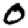
Digit: 0